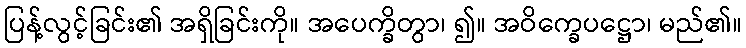
ပြန့်လွင့်ခြင်း၏ အရှိခြင်းကို။ အပေက္ခိတွာ၊ ၍။ အဝိက္ခေပဋ္ဌော၊ မည်၏။